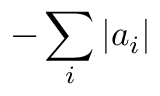
- \sum _ { i } | a _ { i } |